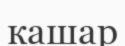
кашар